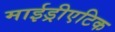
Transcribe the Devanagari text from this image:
माईड्रीएटिक